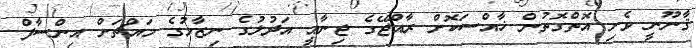
ޤާނޫނީ ވެށި އޮތްގޮތުން ޚާއްސަކޮށް ރާއްޖޭގެ ޖިނާޢީ އަދުލުގެ ނިޒާމުގެ މައްޗަށް އިންސާފް